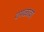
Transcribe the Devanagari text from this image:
वगळावा